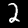
Digit: 2